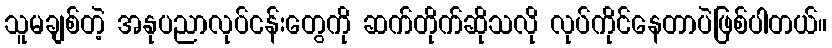
သူမချစ်တဲ့ အနုပညာလုပ်ငန်းတွေကို ဆက်တိုက်ဆိုသလို လုပ်ကိုင်နေတာပဲဖြစ်ပါတယ်။